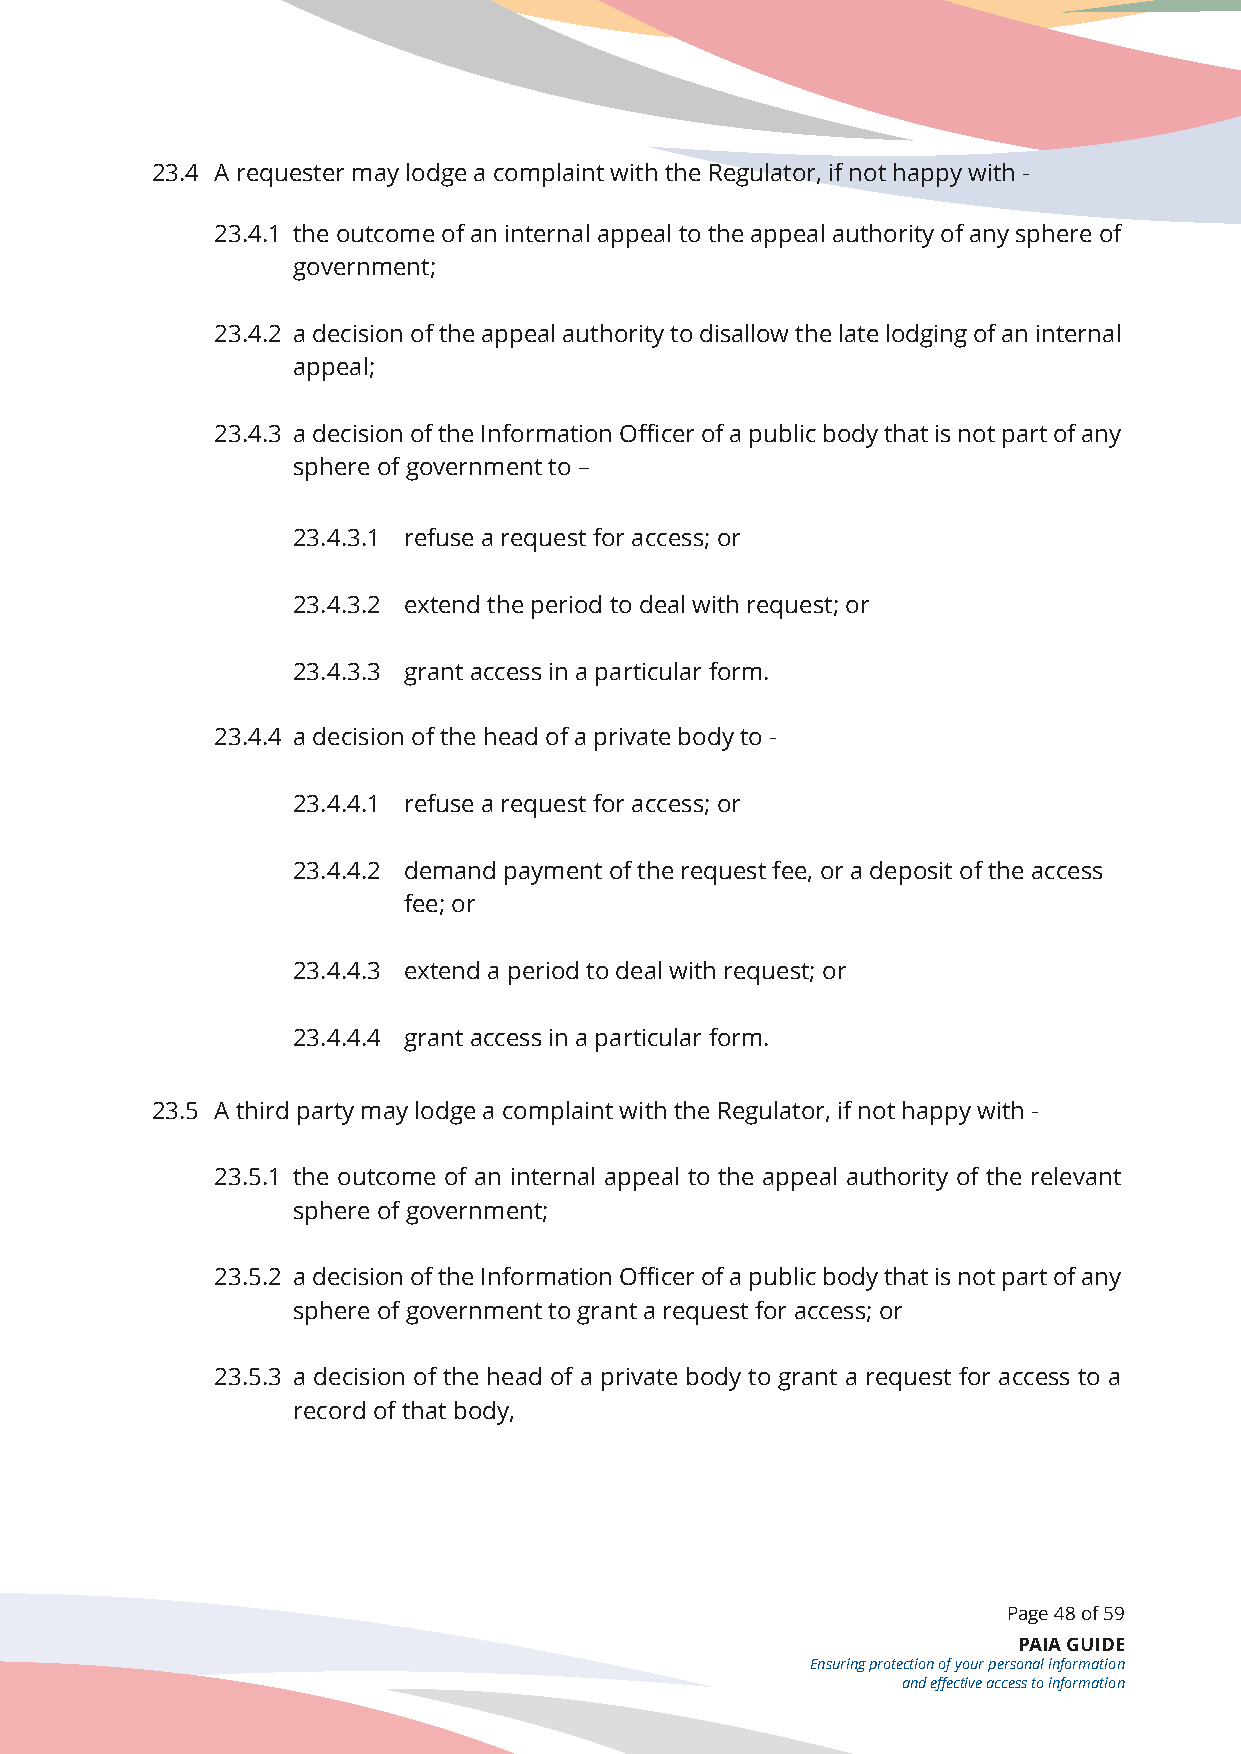
23.4 A requester may lodge a complaint with the Regulator, if not happy with -
 23.4.1 the outcome of an internal appeal to the appeal authority of any sphere of
 government;
 23.4.2 a decision of the appeal authority to disallow the late lodging of an internal
 appeal;
 23.4.3 a decision of the Information Officer of a public body that is not part of any
 sphere of government to –
 23.4.3.1 refuse a request for access; or
 23.4.3.2 extend the period to deal with request; or
 23.4.3.3 grant access in a particular form.
 23.4.4 a decision of the head of a private body to -
 23.4.4.1 refuse a request for access; or
 23.4.4.2 demand payment of the request fee, or a deposit of the access
 fee; or
 23.4.4.3 extend a period to deal with request; or
 23.4.4.4 grant access in a particular form.
 23.5 A third party may lodge a complaint with the Regulator, if not happy with -
 23.5.1 the outcome of an internal appeal to the appeal authority of the relevant
 sphere of government;
 23.5.2 a decision of the Information Officer of a public body that is not part of any
 sphere of government to grant a request for access; or
 23.5.3 a decision of the head of a private body to grant a request for access to a
 record of that body,
 Page 48 of 59
 PAIA GUIDE
 Ensuring protection of your personal information
 and effective access to information